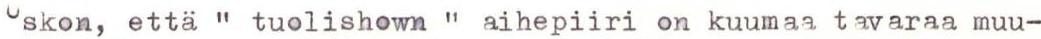
uskon, että " tuolishown " aihepiiri on kuumaa tavaraa muu-